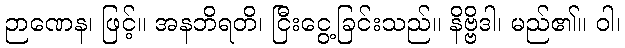
ဉာဏေန၊ ဖြင့်။ အနဘိရတိ၊ ငြီးငွေ့ခြင်းသည်။ နိဗ္ဗိဒါ၊ မည်၏။ ဝါ၊